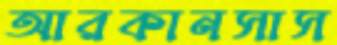
আরকানসাস